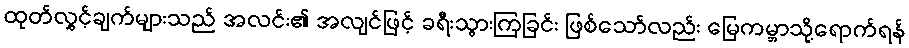
ထုတ်လွှင့်ချက်များသည် အလင်း၏ အလျင်ဖြင့် ခရီးသွားကြခြင်း ဖြစ်သော်လည်း မြေကမ္ဘာသို့ရောက်ရန်